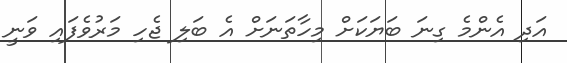
އަދި އެންމެ ގިނަ ބަޔަކަށް މިހާތަނަށް އެ ބަލި ޖެހި މަރުވެފައި ވަނީ